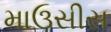
માઉસીસ